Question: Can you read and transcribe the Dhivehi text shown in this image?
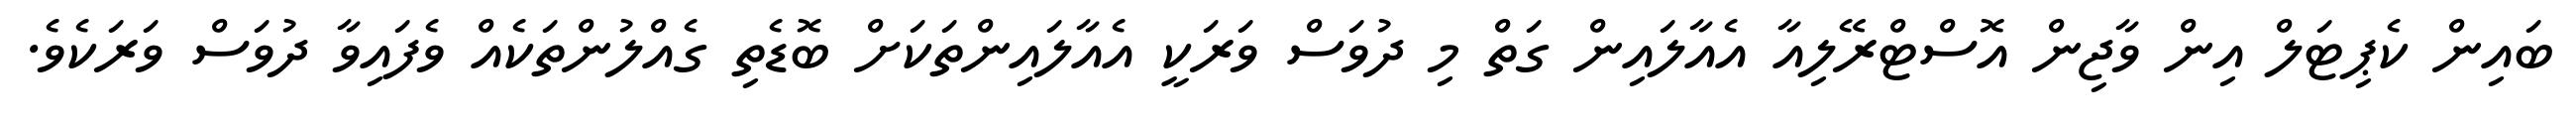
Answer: ބައިން ކެޕިޓަލް އިން ވާޖިން އޮސްޓްރޭލިއާ އެއާލައިން ގަތް މި ދުވަސް ވަރަކީ އެއާލައިންތަކަށް ބޮޑެތި ގެއްލުންތަކެއް ވެފައިވާ ދުވަސް ވަރަކެވެ.